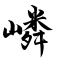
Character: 嶙